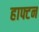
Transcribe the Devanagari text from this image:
हाफ्टन